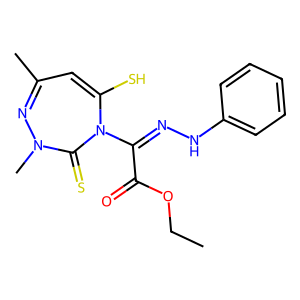
SMILES: CCOC(=O)C(=NNc1ccccc1)N1C(=S)N(C)N=C(C)C=C1S
Inhibits HIV replication: No